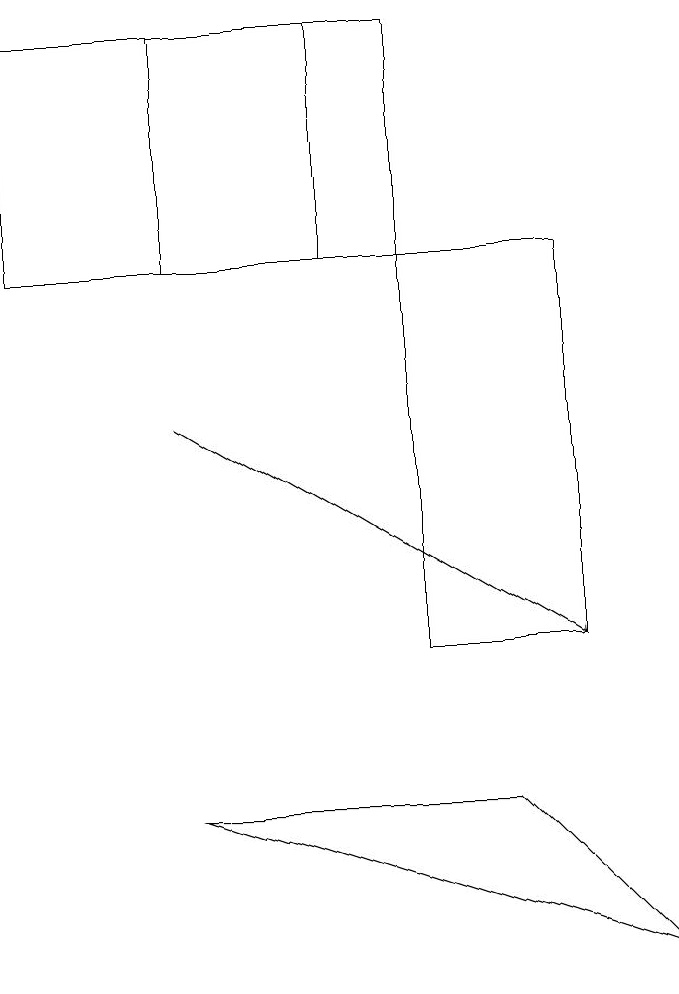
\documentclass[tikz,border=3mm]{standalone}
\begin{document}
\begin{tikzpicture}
\draw (6,9) -- (2,9) -- (8,7) -- cycle;
\draw (7,16) rectangle (5,11);
\draw (2,19) rectangle (5,16);
\draw[->] (2,14) -- (7,11);
\draw (4,19) rectangle (0,16);
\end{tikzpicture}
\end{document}